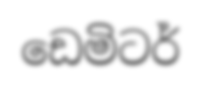
ඩෙමිටර්